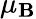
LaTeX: \mu_{\mathbf{B}}